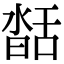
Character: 𦧥